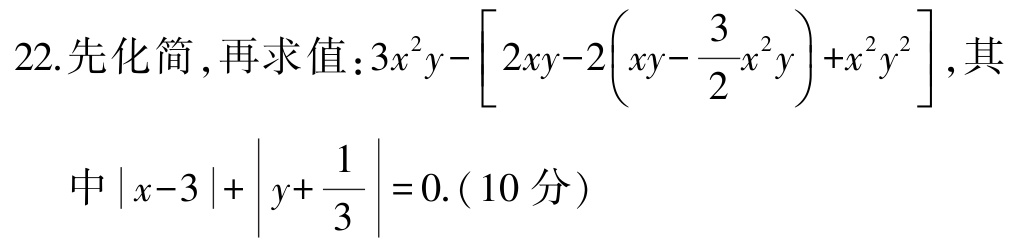
22. 先化简，再求值：\(3x^{2}y-\left[2xy - 2\left(xy-\dfrac{3}{2}x^{2}y\right)+x^{2}y^{2}\right]\)，其

中\(\vert x - 3\vert+\left\vert y+\dfrac{1}{3}\right\vert = 0\).（10分）